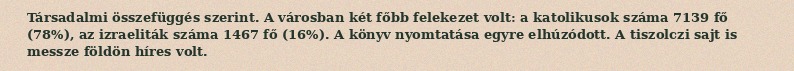
Társadalmi összefüggés szerint. A városban két főbb felekezet volt: a katolikusok száma 7139 fő (78%), az izraeliták száma 1467 fő (16%). A könyv nyomtatása egyre elhúzódott. A tiszolczi sajt is messze földön híres volt.